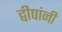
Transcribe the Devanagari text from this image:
द्वीपांनी